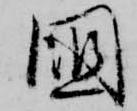
国